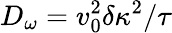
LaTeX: D_{\omega}=v_{0}^{2}\delta\kappa^{2}/\tau